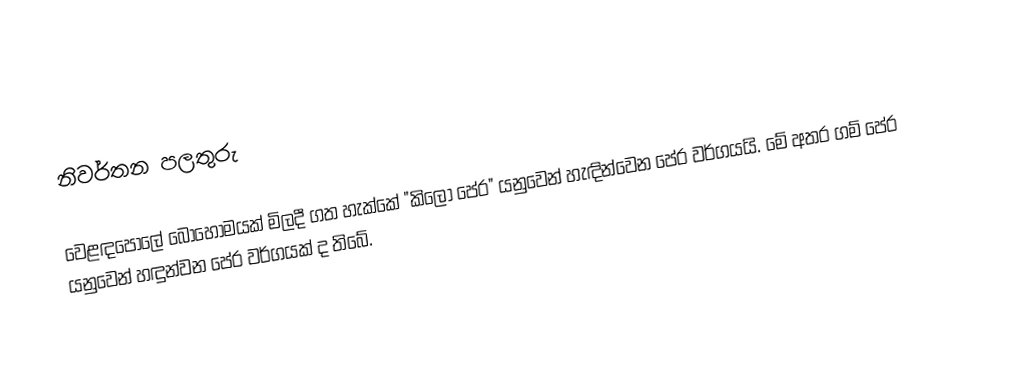
නිවර්තන පලතුරු

වෙළඳපොලේ බොහෝමයක් මිලදී ගත හැක්කේ "කිලෝ පේර" යනුවෙන් හැඳින්වෙන පේර වර්ගයයි. මේ අතර ගම් පේර යනුවෙන් හඳුන්වන පේර වර්ගයක් ද තිබේ.